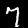
Digit: 7